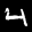
Label: 4